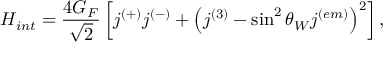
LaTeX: { \cal H } _ { i n t } = \frac { 4 G _ { F } } { \sqrt 2 } \left[ j ^ { ( + ) } j ^ { ( - ) } + \left( j ^ { ( 3 ) } - \sin ^ { 2 } \theta _ { W } j ^ { ( e m ) } \right) ^ { 2 } \right] ,